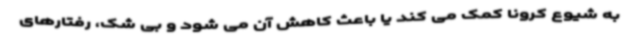
به شیوع کرونا کمک می کند یا باعث کاهش آن می شود و بی شک، رفتارهای